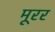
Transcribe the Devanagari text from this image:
मूरर